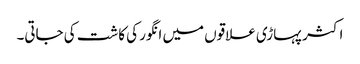
اکثر پہاڑی علاقوں میں انگور کی کاشت کی جاتی۔